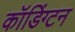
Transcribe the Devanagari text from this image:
कॉडिंग्टन